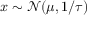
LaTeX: x \sim { \mathcal { N } } ( \mu , 1 / \tau )